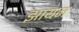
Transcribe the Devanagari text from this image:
झायन